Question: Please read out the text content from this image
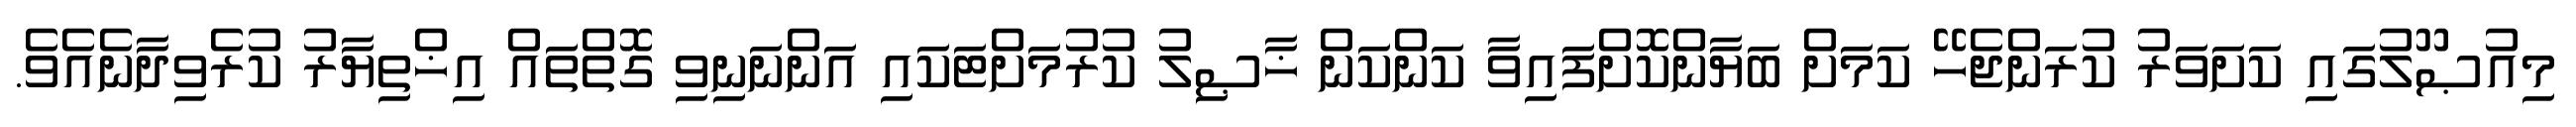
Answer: މިއުޞޫލުގައި ކަށަވަރު ކުރަންޖެހޭ ކަމަށް ބަޔާންކޮށްފައިވާ ކަންކަން ޚާޞިލު ކުރުމަށްޓަކައި އަންނަނިވި ގޮތްތައް އިޚްތިޔާރު ކުރެވިދާނެއެވެ.